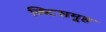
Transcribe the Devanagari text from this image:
व्ष्टिसमूह